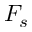
F _ { s }